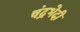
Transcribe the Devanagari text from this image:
चंद्रभेदी